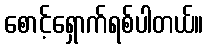
စောင့်ရှောက်ရစ်ပါတယ်။